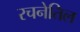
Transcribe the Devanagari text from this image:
रचनेतिल